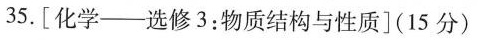
35.[化学--选修3：物质结构与性质](15分)